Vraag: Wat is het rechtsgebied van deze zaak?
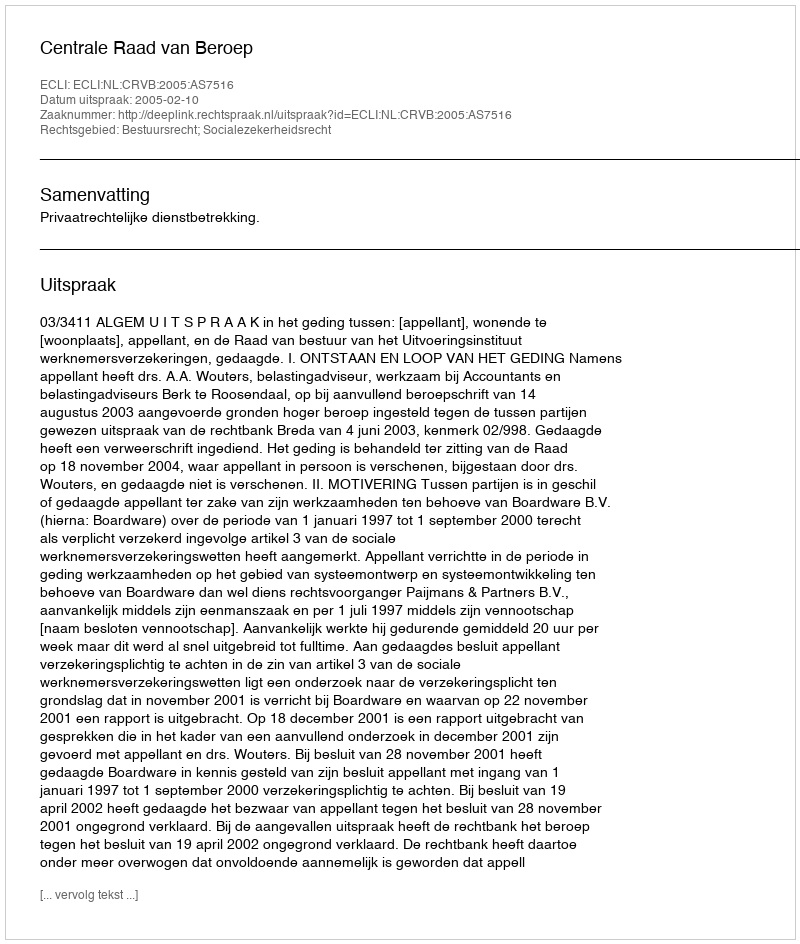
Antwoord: Bestuursrecht; Socialezekerheidsrecht